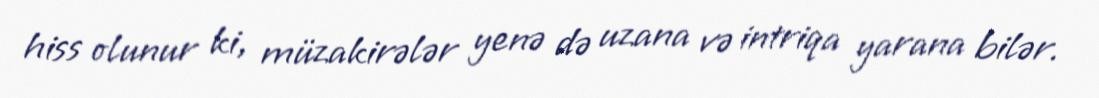
hiss olunur ki, müzakirələr yenə də uzana və intriqa yarana bilər.